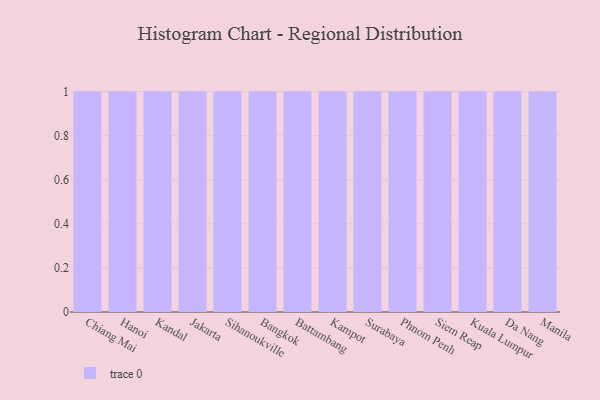
{"axis": {"x": "City", "y": "Production Output"}, "legend": [""], "data": [{"x": "Chiang Mai", "y": 42, "type": ""}, {"x": "Hanoi", "y": 35, "type": ""}, {"x": "Kandal", "y": 1, "type": ""}, {"x": "Jakarta", "y": 73, "type": ""}, {"x": "Sihanoukville", "y": 31, "type": ""}, {"x": "Bangkok", "y": 68, "type": ""}, {"x": "Battambang", "y": 93, "type": ""}, {"x": "Kampot", "y": 85, "type": ""}, {"x": "Surabaya", "y": 68, "type": ""}, {"x": "Phnom Penh", "y": 53, "type": ""}, {"x": "Siem Reap", "y": 87, "type": ""}, {"x": "Kuala Lumpur", "y": 79, "type": ""}, {"x": "Da Nang", "y": 90, "type": ""}, {"x": "Manila", "y": 5, "type": ""}]}